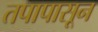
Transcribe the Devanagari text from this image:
तपापासून